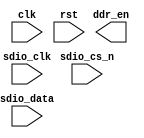
module sdio_device_phy_sd_ls (
  input               clk,
  input               rst,

  //PHY Layer
  output              ddr_en,
  input               sdio_clk,
  input               sdio_cs_n,
  input [3:0]         sdio_data


);
//Local Parameters

//Local Registers/Wires
//Submodules


//Asynchronous Logic
//Synchronous Logic


endmodule